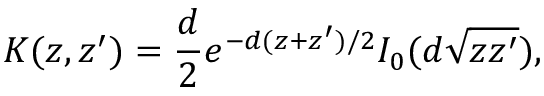
K ( z , z ^ { \prime } ) = \frac { d } { 2 } e ^ { - d ( z + z ^ { \prime } ) / 2 } I _ { 0 } ( d \sqrt { z z ^ { \prime } } ) ,